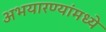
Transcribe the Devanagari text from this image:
अभयारण्यांमध्ये